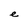
Character: e